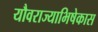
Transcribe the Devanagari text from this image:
यौवराज्याभिषेकास